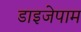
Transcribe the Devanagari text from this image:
डाइजेपाम